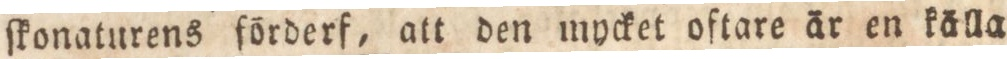
ſkonaturens förderf, att den mycket oftare är en källa